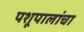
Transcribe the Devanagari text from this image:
पशूपालांचा